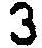
3